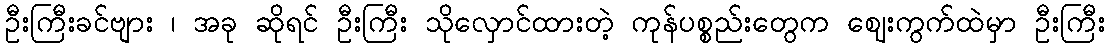
ဦးကြီးခင်ဗျား ၊ အခု ဆိုရင် ဦးကြီး သိုလှောင်ထားတဲ့ ကုန်ပစ္စည်းတွေက ဈေးကွက်ထဲမှာ ဦးကြီး